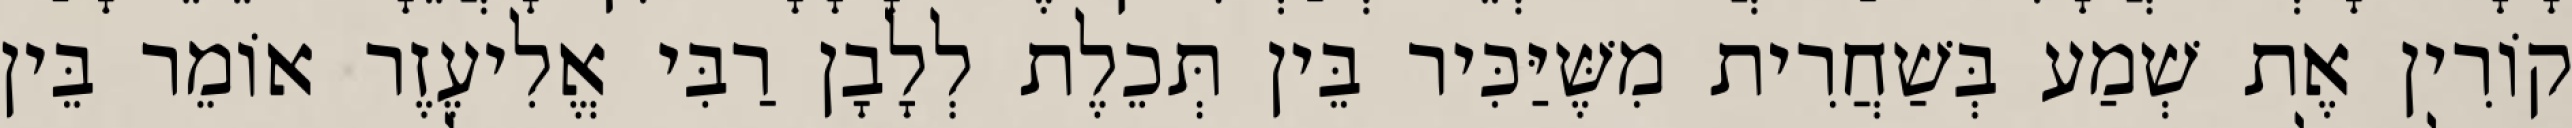
קוֹרִין אֶת שְׁמַע בְּשַׁחֲרִית מִשֶּׁיַּכִּיר בֵּין תְּכֵלֶת לְלָבָן רַבִּי אֱלִיעֶזֶר אוֹמֵר בֵּין